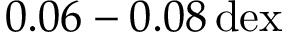
0 . 0 6 - 0 . 0 8 \, \mathrm { d e x }